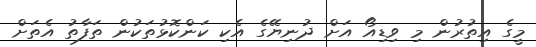
މީގެ އިތުރުން މި ވިޑިއޯ އަށް ދުނިޔޭގެ އެކި ކަންކޮޅުތަކުން ތަފާތު އެތަށް